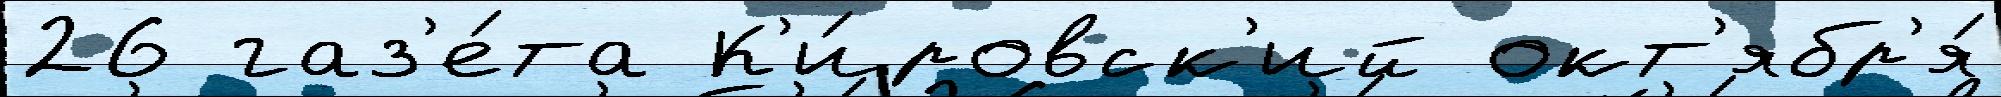
26 газ'е́та К'и́ровск'ий окт'ябр'я́